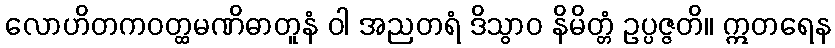
လောဟိတကဝတ္ထမဏိဓာတူနံ ဝါ အညတရံ ဒိသွာဝ နိမိတ္တံ ဥပ္ပဇ္ဇတိ။ ဣတရေန